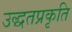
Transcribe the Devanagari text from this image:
उद्धतप्रकृति